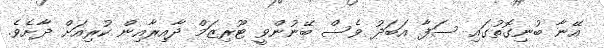
އޭނާ ބުނިގޮތުގަައި ސަފާ އަބަދު ވެސް ބޭނުންވީ ޓޫރިޒަމް ދާއިރާއިން ކުރިއަށް ދާށެވެ.